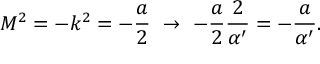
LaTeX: M ^ { 2 } = - k ^ { 2 } = - \frac { a } { 2 } \ \to \ - \frac { a } { 2 } \frac { 2 } { \alpha ^ { \prime } } = - \frac { a } { \alpha ^ { \prime } } .